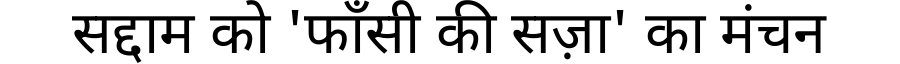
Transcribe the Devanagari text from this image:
सद्दाम को 'फाँसी की सज़ा' का मंचन